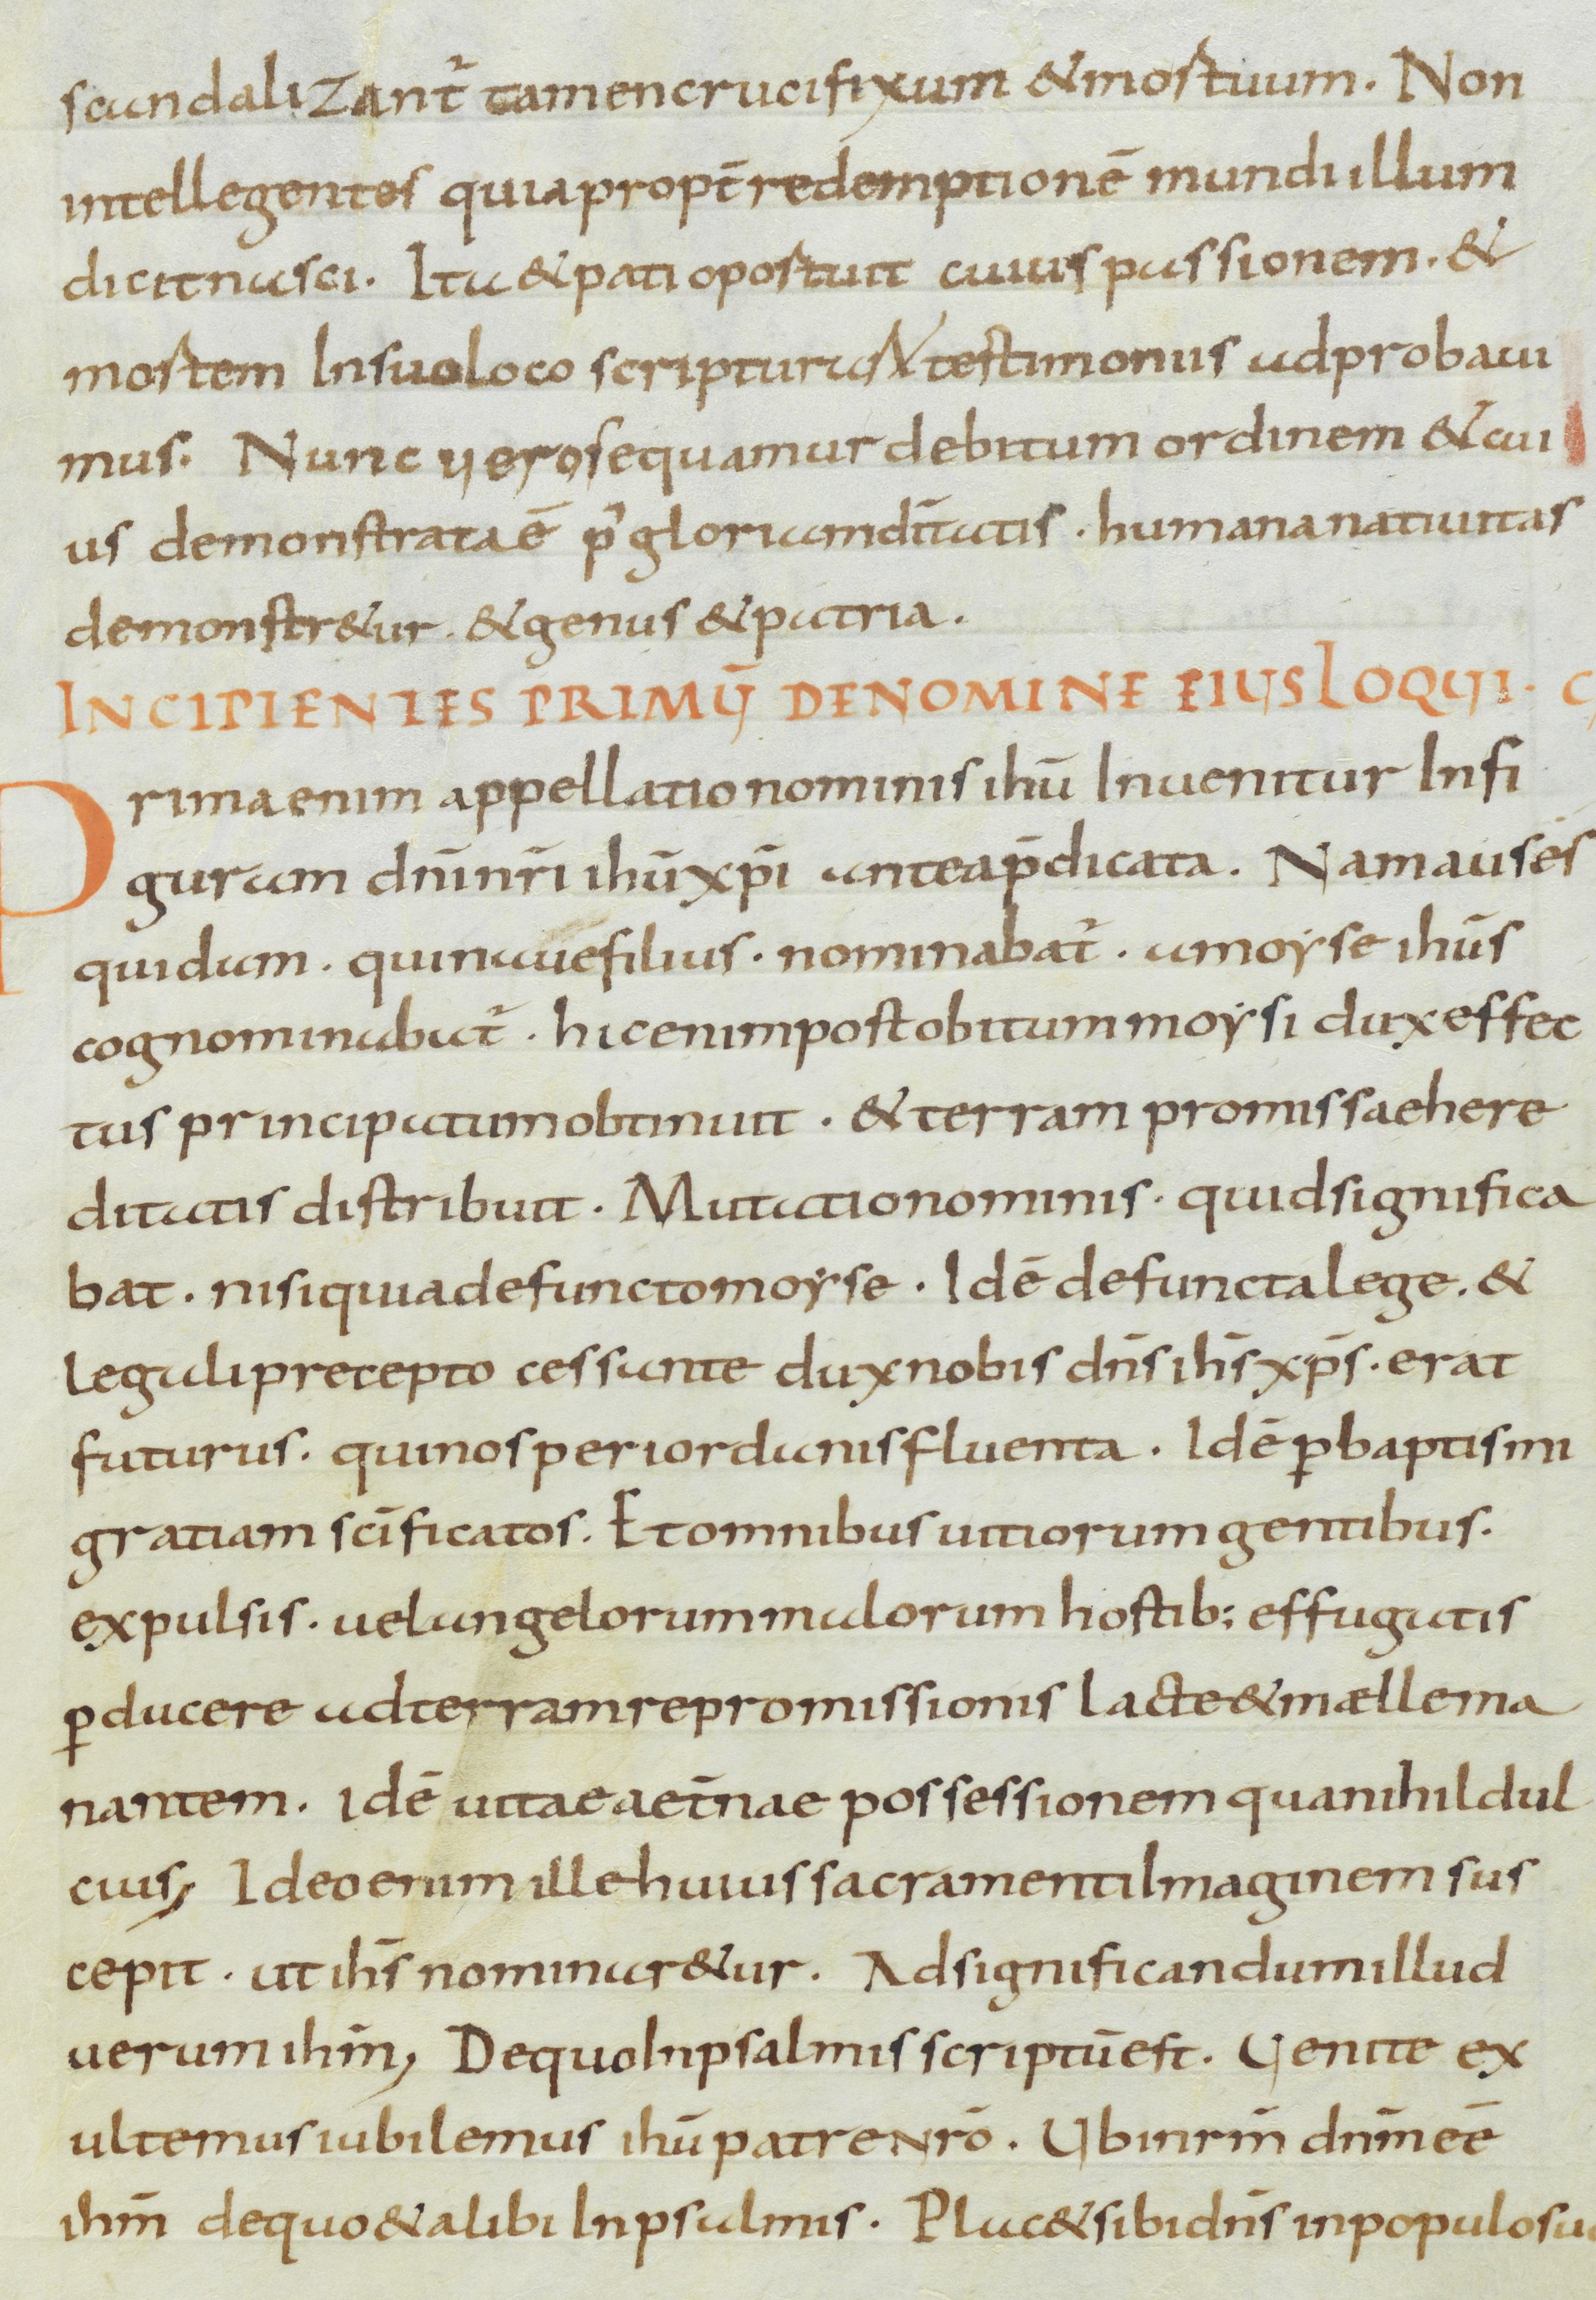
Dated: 800–899